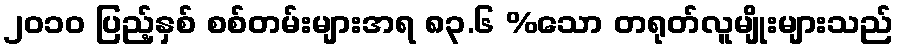
၂၀၁၀ ပြည့်နှစ် စစ်တမ်းများအရ ၈၃.၆ %သော တရုတ်လူမျိုးများသည်